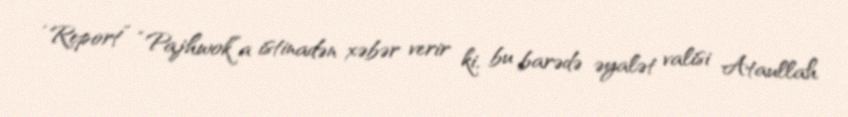
“Report” “Pajhwok”a istinadən xəbər verir ki, bu barədə əyalət valisi Ataullah